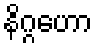
နိဂ္ဂဟော